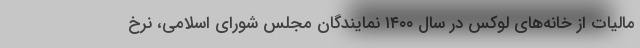
مالیات از خانه‌های لوکس در سال ۱۴۰۰ نمایندگان مجلس شورای اسلامی، نرخ